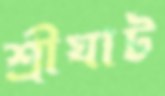
শ্রীঘাট